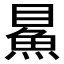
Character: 𩶔